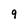
Character: 9